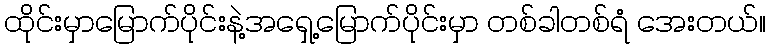
ထိုင်းမှာမြောက်ပိုင်းနဲ့အရှေ့မြောက်ပိုင်းမှာ တစ်ခါတစ်ရံ အေးတယ်။